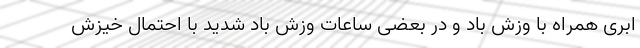
ابری همراه با وزش باد و در بعضی ساعات وزش باد شدید با احتمال خیزش